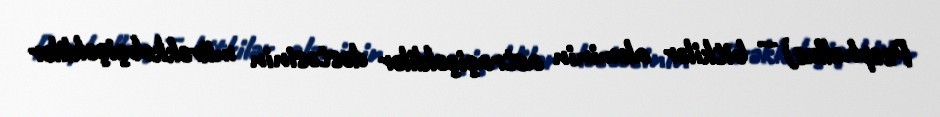
Psephellus) — bitkilər aləminin astraçiçəklilər dəstəsinin mürəkkəbçiçəklilər